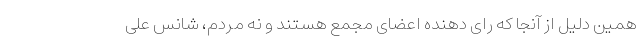
همین دلیل از آنجا که رای دهنده اعضای مجمع هستند و نه مردم، شانس علی